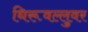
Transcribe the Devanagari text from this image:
थिरूवल्लुवर